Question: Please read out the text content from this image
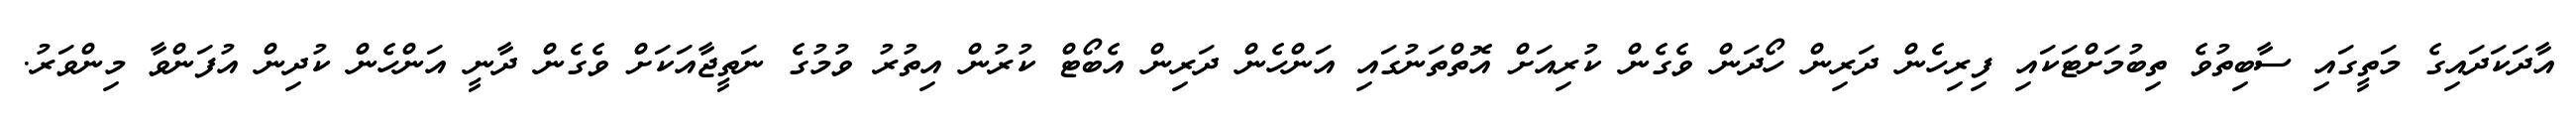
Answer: އާދަކަދައިގެ މަތީގައި ސާބިތުވެ ތިބުމަށްޓަކައި ފިރިހެން ދަރިން ހޯދަން ވެގެން ކުރިއަށް އޮތްތަނުގައި އަންހެން ދަރިން އެބޯޓް ކުރުން އިތުރު ވުމުގެ ނަތީޖާއަކަށް ވެގެން ދާނީ އަންހެން ކުދިން އުފަންވާ މިންވަރު.